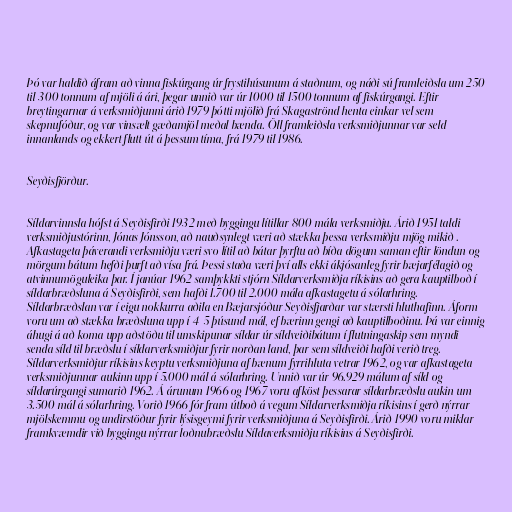
Þó var haldið áfram að vinna fiskúrgang úr frystihúsunum á staðnum, og náði sú framleiðsla um 250
til 300 tonnum af mjöli á ári, þegar unnið var úr 1000 til 1500 tonnum af fiskúrgangi. Eftir
breytingarnar á verksmiðjunni árið 1979 þótti mjölið frá Skagaströnd henta einkar vel sem
skepnufóður, og var vinsælt gæðamjöl meðal bænda. Öll framleiðsla verksmiðjunnar var seld
innanlands og ekkert flutt út á þessum tíma, frá 1979 til 1986.

Seyðisfjörður.

Síldarvinnsla hófst á Seyðisfirði 1932 með byggingu lítillar 800 mála verksmiðju. Árið 1951 taldi
verksmiðjustórinn, Jónas Jónsson, að nauðsynlegt væri að stækka þessa verksmiðju mjög mikið .
Afkastageta þáverandi verksmiðju væri svo lítil að bátar þyrftu að bíða dögum saman eftir löndun og
mörgum bátum hefði þurft að vísa frá. Þessi staða væri því alls ekki ákjósanleg fyrir bæjarfélagið og
atvinnumöguleika þar. Í janúar 1962 samþykkti stjórn Síldarverksmiðja ríkisins að gera kauptilboð í
síldarbræðsluna á Seyðisfirði, sem hafði 1.700 til 2.000 mála afkastagetu á sólarhring.
Síldarbræðslan var í eigu nokkurra aðila en Bæjarsjóður Seyðisfjarðar var stærsti hluthafinn. Áform
voru um að stækka bræðsluna upp í 4-5 þúsund mál, ef bærinn gengi að kauptilboðinu. Þá var einnig
áhugi á að koma upp aðstöðu til umskipunar síldar úr síldveiðibátum í flutningaskip sem myndi
senda síld til bræðslu í síldarverksmiðjur fyrir norðan land, þar sem síldveiði hafði verið treg.
Síldarverksmiðjur ríkisins keyptu verksmiðjuna af bænum fyrrihluta vetrar 1962, og var afkastageta
verksmiðjunnar aukinn upp í 5.000 mál á sólarhring. Unnið var úr 96.929 málum af síld og
síldarúrgangi sumarið 1962. Á árunum 1966 og 1967 voru afköst þessarar síldarbræðslu aukin um
3.500 mál á sólarhring. Vorið 1966 fór fram útboð á vegum Síldarverksmiðja ríkisins í gerð nýrrar
mjölskemmu og undirstöður fyrir lýsisgeymi fyrir verksmiðjuna á Seyðisfirði. Árið 1990 voru miklar
framkvæmdir við byggingu nýrrar loðnubræðslu Síldaverksmiðju ríkisins á Seyðisfirði.